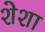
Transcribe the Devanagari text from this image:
शेशा